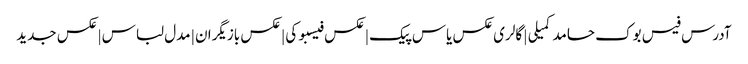
آدرس فیس بوک حامد کمیلی | گالری عکس یاس پیک | عکس فیسبوکی | عکس بازیگران | مدل لباس | عکس جدید